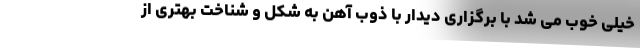
خیلی خوب می شد با برگزاری دیدار با ذوب آهن به شکل و شناخت بهتری از